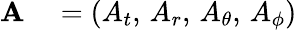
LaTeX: \begin{array}{rl}{\mathbf{A}}&{{}=(A_{t},\, A_{r},\, A_{\theta},\, A_{\phi})}\end{array}